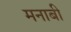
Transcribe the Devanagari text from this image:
मनाबी